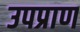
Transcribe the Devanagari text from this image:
उपप्राण